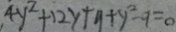
4 y ^ { 2 } + 1 2 y + y + y ^ { 2 } - 9 = 0